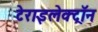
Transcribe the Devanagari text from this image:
टेराइलेक्ट्रॉन